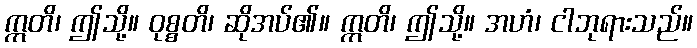
ဣတိ၊ ဤသို့။ ဝုစ္စတိ၊ ဆိုအပ်၏။ ဣတိ၊ ဤသို့။ အဟံ၊ ငါဘုရားသည်။